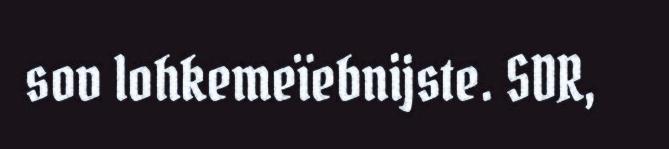
sov lohkemeïebnijste. SDR,